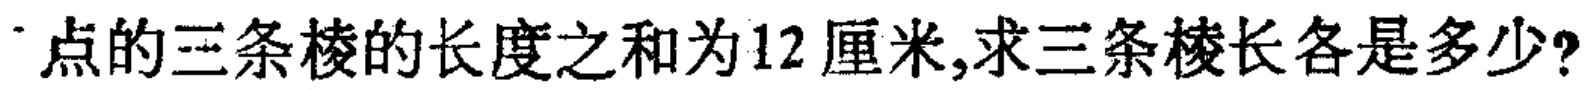
点的三条棱的长度之和为12厘米,求三条棱长各是多少?